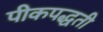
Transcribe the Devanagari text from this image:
पीकपद्धती